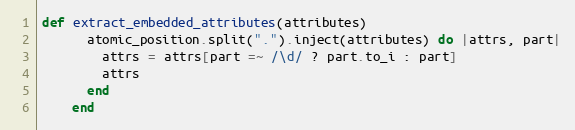
Language: Ruby
def extract_embedded_attributes(attributes)
      atomic_position.split(".").inject(attributes) do |attrs, part|
        attrs = attrs[part =~ /\d/ ? part.to_i : part]
        attrs
      end
    end